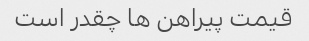
قیمت پیراهن ها چقدر است